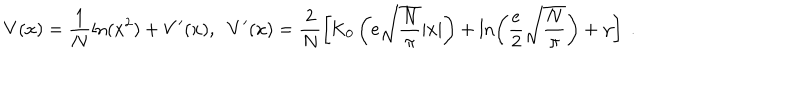
LaTeX: V ( x ) = \frac { 1 } { N } \ln ( x ^ { 2 } ) + V ^ { \prime } ( x ) , \; \; V ^ { \prime } ( x ) = \frac { 2 } { N } \left[ \mathrm { K } _ { 0 } \left( e \sqrt { \frac { N } { \pi } } | x | \right) + \ln \left( \frac { e } { 2 } \sqrt { \frac { N } { \pi } } \right) + \gamma \right] \; .